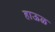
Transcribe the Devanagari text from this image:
हाऊळ